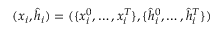
( \boldsymbol { x } _ { i } , \hat { \boldsymbol { h } } _ { i } ) = ( \{ x _ { i } ^ { 0 } , \dots , x _ { i } ^ { T } \} , \{ \hat { h } _ { i } ^ { 0 } , \dots , \hat { h } _ { i } ^ { T } \} )